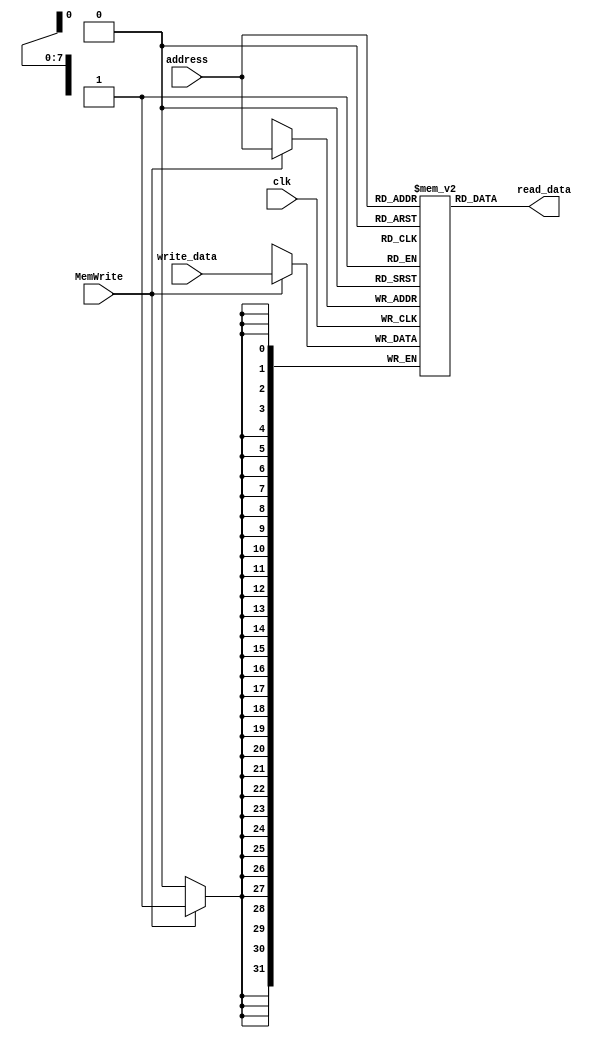
module InstructionMemory(clk, MemWrite, address, write_data, read_data);
parameter RAM_SIZE_BIT = 8;
input clk;
input MemWrite;
input [RAM_SIZE_BIT - 1:0] address;
input [31:0] write_data;
output [31:0] read_data;

reg [31:0] ram_data[2 ** RAM_SIZE_BIT - 1: 0];
assign read_data = ram_data[address];

always @ (posedge clk)
  if (MemWrite)
    ram_data[address] <= write_data;
endmodule